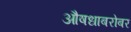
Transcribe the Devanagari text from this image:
औषधाबरोबर